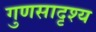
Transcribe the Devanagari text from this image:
गुणसादृश्य